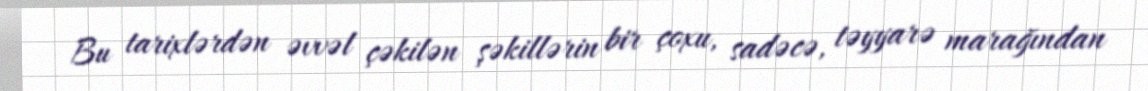
Bu tarixlərdən əvvəl çəkilən şəkillərin bir çoxu, sadəcə, təyyarə marağından